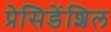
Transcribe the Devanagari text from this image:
प्रेसिडेंशिल